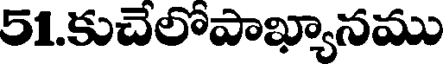
51.కుచెలోపాఖ్యానము